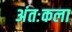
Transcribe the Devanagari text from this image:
अंतःकला